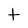
Character: t